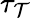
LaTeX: \tau_{\mathcal{T}}